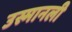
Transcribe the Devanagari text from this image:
उस्मानली